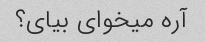
آره میخوای بیای؟